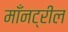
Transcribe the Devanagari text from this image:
माँनट्रील